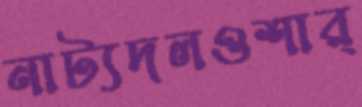
নাট্যদলওশার্